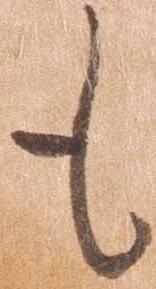
も